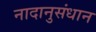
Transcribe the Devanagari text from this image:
नादानुसंधान